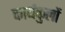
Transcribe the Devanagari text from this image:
कार्यकुलों